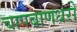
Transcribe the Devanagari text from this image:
चापबाणधरो